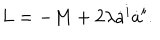
LaTeX: L = - M + 2 \lambda \dot { a } ^ { i } \dot { a } ^ { i } .